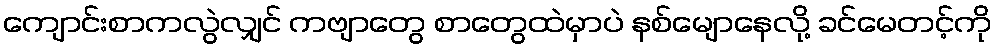
ကျောင်းစာကလွဲလျှင် ကဗျာတွေ စာတွေထဲမှာပဲ နစ်မျောနေလို့ ခင်မေတင့်ကို